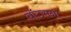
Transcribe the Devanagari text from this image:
वॉटसना